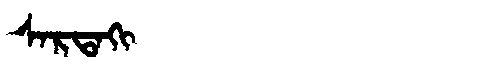
Manchu: ᠰᠠᡵᡨᠠᡴᡳ
Romanization: SARTAKI